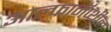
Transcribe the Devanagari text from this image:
आल्फानॅप्थील